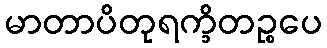
မာတာပိတုရက္ခိတဉ္စပေ